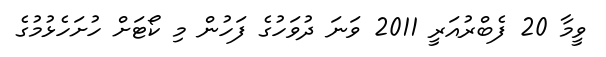
ވީމާ 20 ފެބްރުއަރީ 2011 ވަނަ ދުވަހުގެ ފަހުން މި ކޯޓަށް ހުށަހެޅުމުގެ